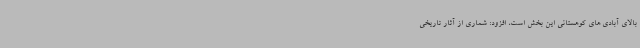
بالای آبادی های کوهستانی این بخش است، افزود: شماری از آثار تاریخی